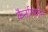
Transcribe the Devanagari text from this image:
कैर्नारफोन